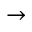
\rightarrow